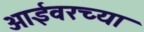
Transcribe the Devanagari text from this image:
आईवरच्या